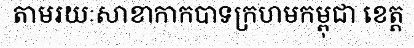
តាមរយៈសាខាកាកបាទក្រហមកម្ពុជា ខេត្ត